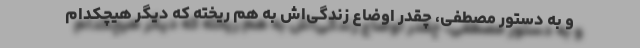
و به دستور مصطفی، چقدر اوضاع زندگی‌اش به هم ریخته که دیگر هیچکدام